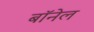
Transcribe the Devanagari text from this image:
बॉनेल